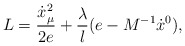
\begin{align*}L=\frac{\dot{x}_\mu^{2}}{2e}+\frac{\lambda}{l}(e-M^{-1}\dot{x}{}^0),\end{align*}